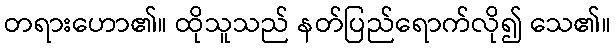
တရားဟော၏။ ထိုသူသည် နတ်ပြည်ရောက်လို၍ သေ၏။